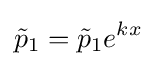
{\tilde {p}}_{1}={\tilde {p}}_{1}e^{kx}